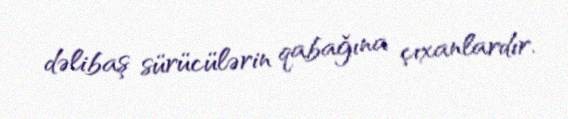
dəlibaş sürücülərin qabağına çıxanlardır.